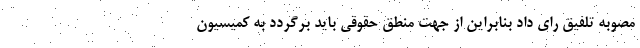
مصوبه تلفیق رای داد بنابراین از جهت منطق حقوقی باید برگردد به کمیسیون